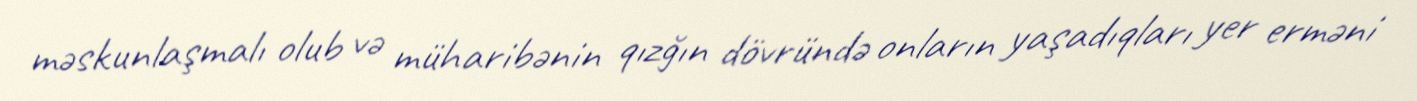
məskunlaşmalı olub və müharibənin qızğın dövründə onların yaşadıqları yer erməni